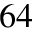
^ { 6 4 }